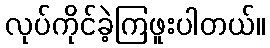
လုပ်ကိုင်ခဲ့ကြဖူးပါတယ်။